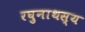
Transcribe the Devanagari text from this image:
रघुनाथस्य